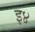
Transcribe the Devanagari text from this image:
इ४